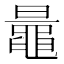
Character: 鼂